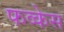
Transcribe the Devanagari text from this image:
फव्केस